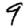
Digit: 9